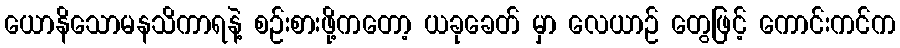
ယောနိသောမနသိကာရနဲ့ စဉ်းစားဖို့ကတော့ ယခုခေတ် မှာ လေယာဉ် တွေဖြင့် ကောင်းကင်က